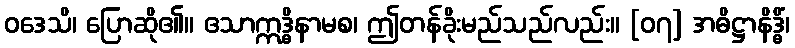
ဝဒေသိ၊ ပြောဆို၏။ ဧသာဣဒ္ဓိနာမစ၊ ဤတန်ခိုးမည်သည်လည်း။ [၀၇] အဓိဋ္ဌာနိဒ္ဓိံ၊